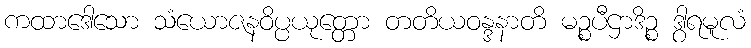
ကထာဒေါသော သံယောဇနဝိပ္ပယုတ္တော တတိယဝန္ဒနာတိ မဉ္စပီဌာဒိဉ္စ ဒွါရမူလံ